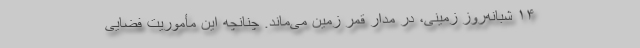
۱۴ شبانه‌روز زمینی، در مدار قمر زمین می‌ماند. چنانچه این مأموریت فضایی